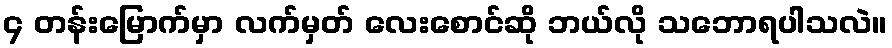
၄ တန်းမြောက်မှာ လက်မှတ် လေးစောင်ဆို ဘယ်လို သဘောရပါသလဲ။